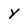
Character: y